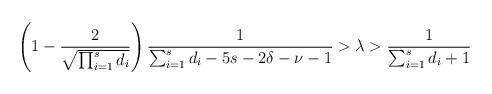
LaTeX: \begin{align*}\left(1- \frac{2}{\sqrt{\prod_{i=1}^{s}d_{i}}}\right) \frac{1}{\sum_{i=1}^{s}d_{i} - 5s -2\delta - \nu - 1}>\lambda >\frac{1}{\sum_{i=1}^{s}d_{i}+1}\end{align*}